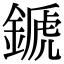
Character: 𨪉